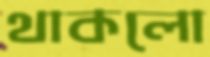
থাকলো